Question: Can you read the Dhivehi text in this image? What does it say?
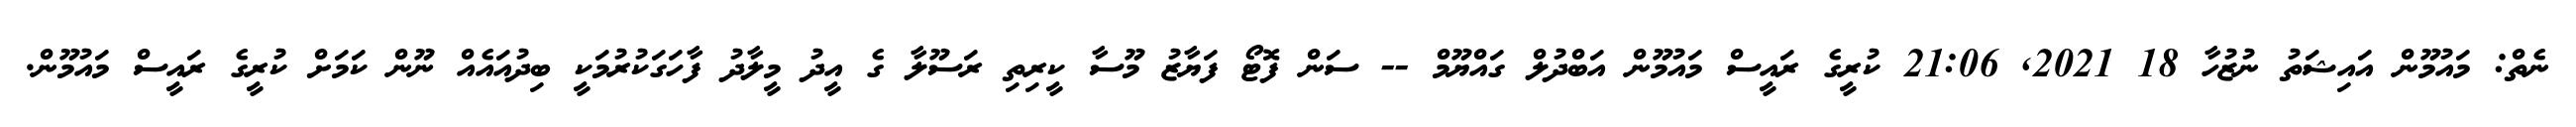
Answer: ނެތް: މައުމޫން އައިޝަތު ނުޒުހާ 18 2021, 21:06 ކުރީގެ ރައީސް މައުމޫން އަބްދުލް ގައްޔޫމް -- ސަން ފޮޓޯ ފަޔާޒު މޫސާ ކީރިތި ރަސޫލާ ގެ އީދު މީލާދު ފާހަގަކުރުމަކީ ބިދުއައެއް ނޫން ކަމަށް ކުރީގެ ރައީސް މައުމޫން.